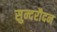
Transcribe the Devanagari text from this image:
सुन्दरौदन